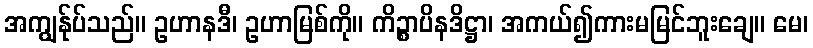
အကျွန်ုပ်သည်။ ဥဟာနဒီ၊ ဥဟာမြစ်ကို။ ကိဉ္စာပိနဒိဋ္ဌာ၊ အကယ်၍ကားမမြင်ဘူးချေ။ မေ၊